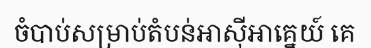
ចំបាប់សម្រាប់តំបន់អាស៊ីអាគ្នេយ៍ គេ